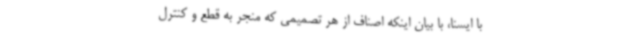
با ایسنا، با بیان اینکه اصناف از هر تصمیمی که منجر به قطع و کنترل